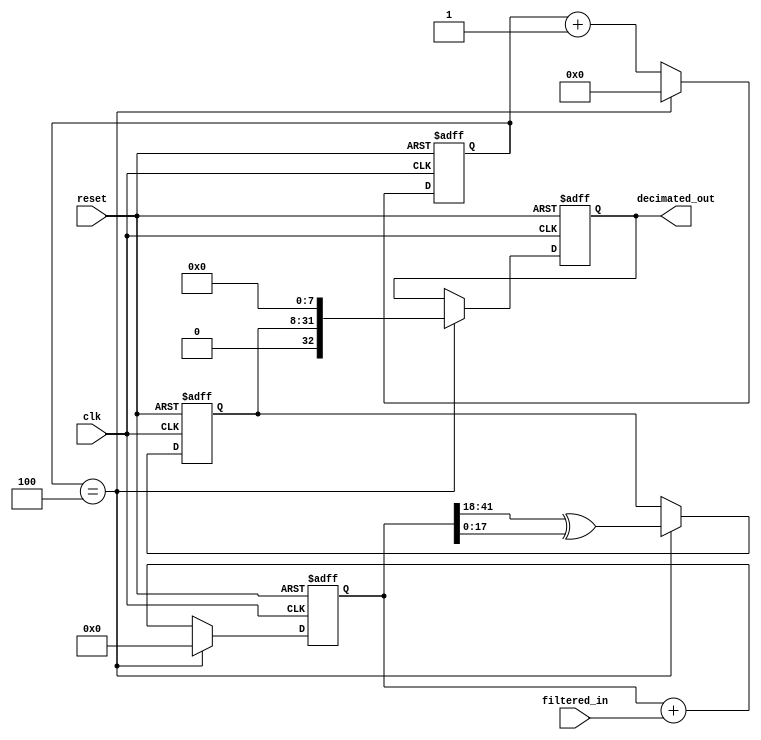
module sd_decimation(
    input clk,
    input reset,
    input [47:0] filtered_in,
    output reg [32:0] decimated_out
);

reg [9:0] counter;
reg [47:0] acc;
reg [23:0] feedback;

parameter OSR = 64; // oversampling ratio
parameter N = 4; // decimation factor

always @(posedge clk or posedge reset) begin
    if (reset) begin
        counter <= 0;
        acc <= 0;
        feedback <= 0;
        decimated_out <= 0;
    end else begin
        // Update accumulator and counter
        acc <= acc + filtered_in;
        counter <= counter + 1;

        if (counter == N) begin
            // Update feedback register and output
            feedback <= acc[41:18] ^ acc[17:0];
            decimated_out <= {feedback, 8'b00000000};

            // Reset accumulator and counter
            acc <= 0;
            counter <= 0;
        end
    end
end
endmodule